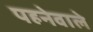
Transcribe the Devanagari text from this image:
पहनेवाले